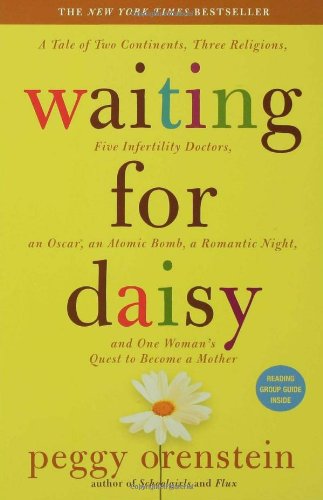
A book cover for Waiting for Daisy: A Tale of Two Continents, Three Religions, Five Infertility Doctors, an Oscar, an Atomic Bomb, a Romantic Night, and One Woman's Quest to Become a Mother; Peggy Orenstein; Parenting & Relationships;